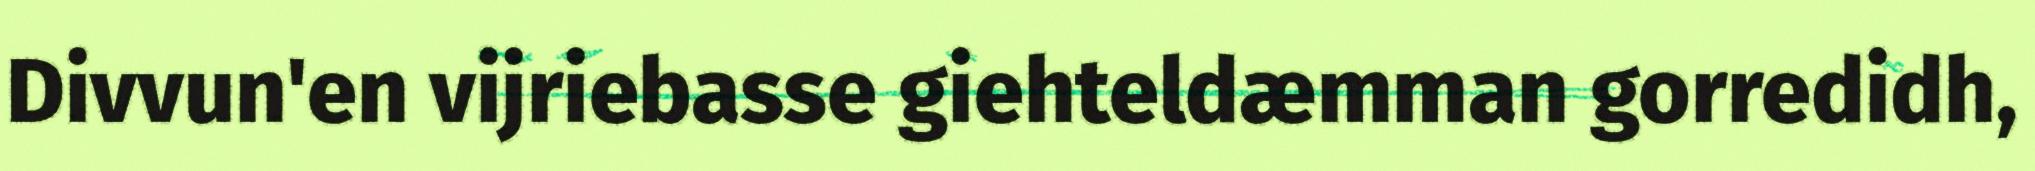
Divvun'en vijriebasse giehteldæmman gorredidh,